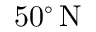
5 0 ^ { \circ } \, \mathrm { N }